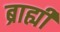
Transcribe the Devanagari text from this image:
ब्राह्यी